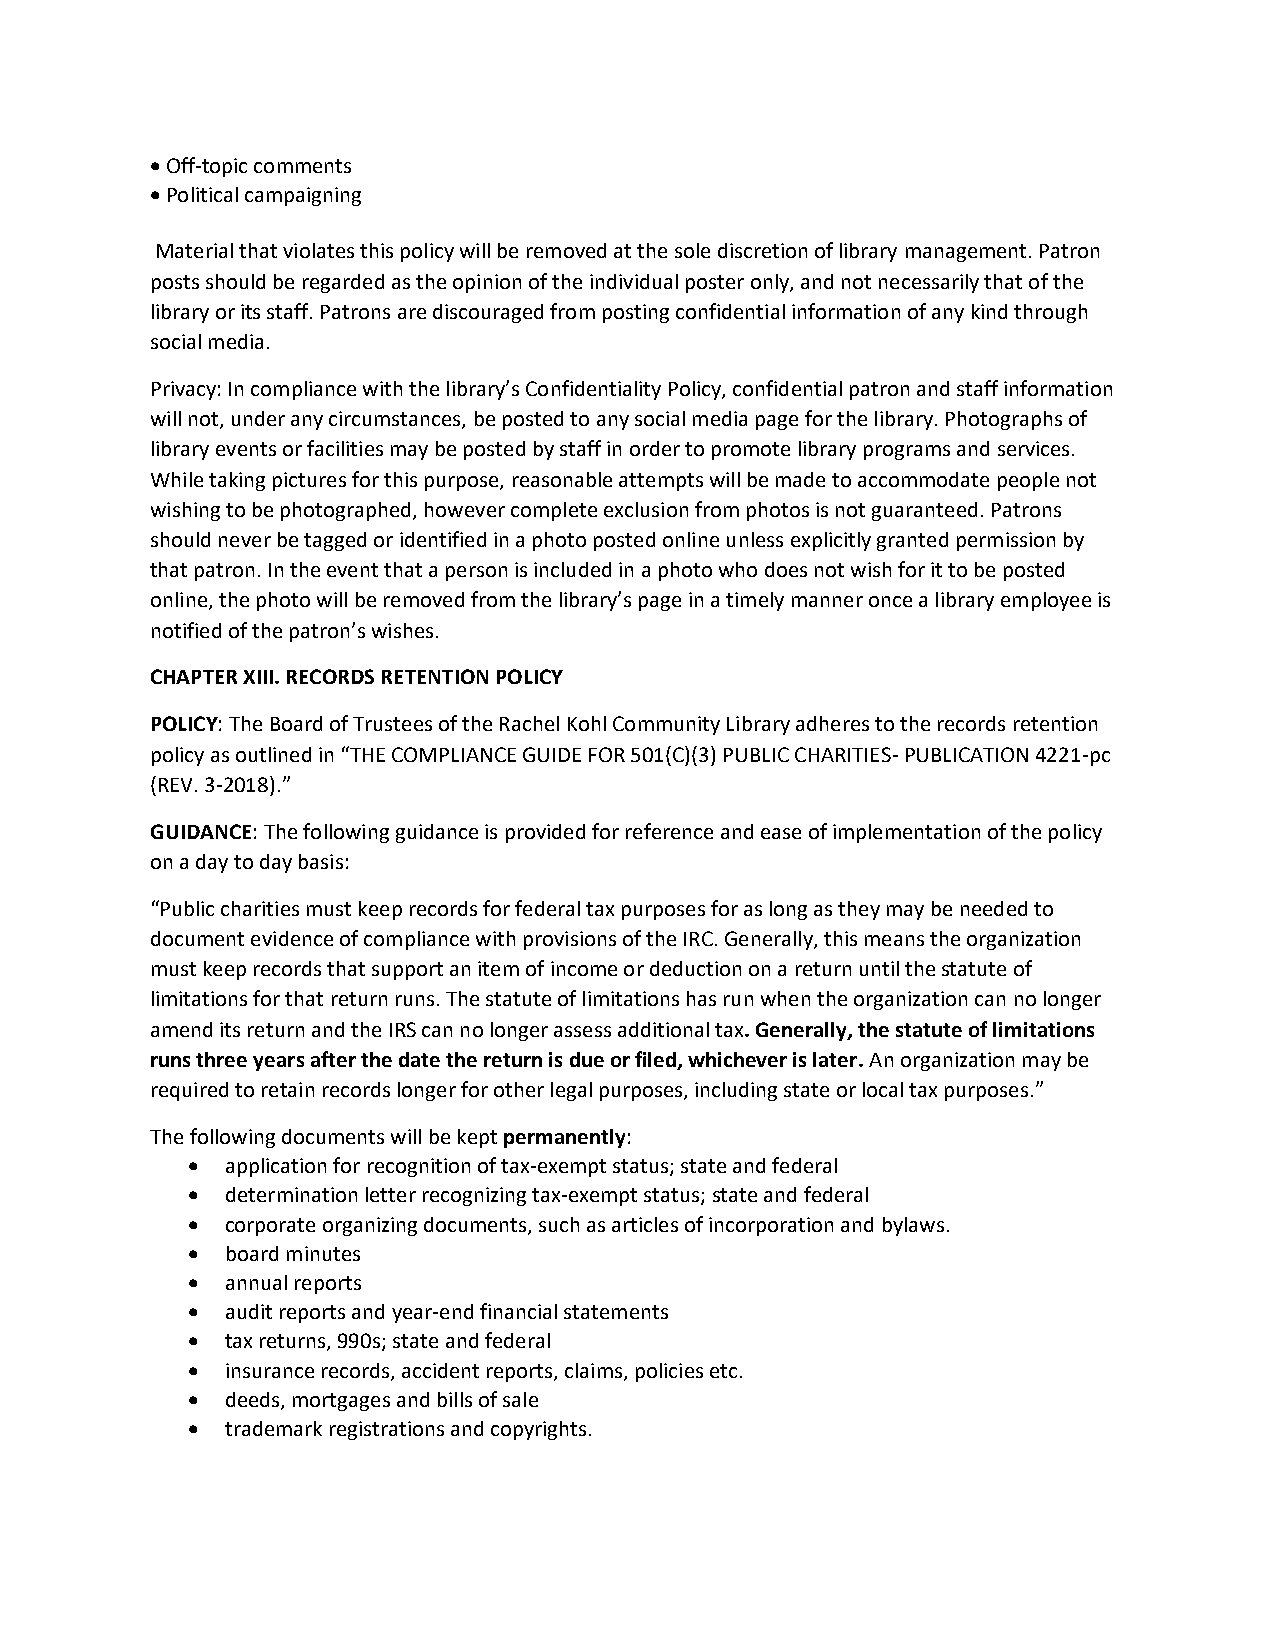
• Off-topic comments
 • Political campaigning
 Material that violates this policy will be removed at the sole discretion of library management. Patron
 posts should be regarded as the opinion of the individual poster only, and not necessarily that of the
 library or its staff. Patrons are discouraged from posting confidential information of any kind through
 social media.
 Privacy: In compliance with the library’s Confidentiality Policy, confidential patron and staff information
 will not, under any circumstances, be posted to any social media page for the library. Photographs of
 library events or facilities may be posted by staff in order to promote library programs and services.
 While taking pictures for this purpose, reasonable attempts will be made to accommodate people not
 wishing to be photographed, however complete exclusion from photos is not guaranteed. Patrons
 should never be tagged or identified in a photo posted online unless explicitly granted permission by
 that patron. In the event that a person is included in a photo who does not wish for it to be posted
 online, the photo will be removed from the library’s page in a timely manner once a library employee is
 notified of the patron’s wishes.
 CHAPTER XIII. RECORDS RETENTION POLICY
 POLICY: The Board of Trustees of the Rachel Kohl Community Library adheres to the records retention
 policy as outlined in “THE COMPLIANCE GUIDE FOR 501(C)(3) PUBLIC CHARITIES- PUBLICATION 4221-pc
 (REV. 3-2018).”
 GUIDANCE: The following guidance is provided for reference and ease of implementation of the policy
 on a day to day basis:
 “Public charities must keep records for federal tax purposes for as long as they may be needed to
 document evidence of compliance with provisions of the IRC. Generally, this means the organization
 must keep records that support an item of income or deduction on a return until the statute of
 limitations for that return runs. The statute of limitations has run when the organization can no longer
 amend its return and the IRS can no longer assess additional tax. Generally, the statute of limitations
 runs three years after the date the return is due or filed, whichever is later. An organization may be
 required to retain records longer for other legal purposes, including state or local tax purposes.”
 The following documents will be kept permanently:
 •  application for recognition of tax-exempt status; state and federal
 •  determination letter recognizing tax-exempt status; state and federal
 •  corporate organizing documents, such as articles of incorporation and bylaws.
 •  board minutes
 •  annual reports
 •  audit reports and year-end financial statements
 •  tax returns, 990s; state and federal
 •  insurance records, accident reports, claims, policies etc.
 •  deeds, mortgages and bills of sale
 •  trademark registrations and copyrights.